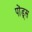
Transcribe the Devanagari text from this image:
पोंड्स